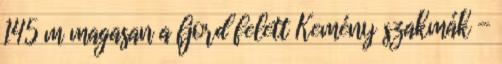
145 m magasan a fjord felett Kemény szakmák -